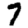
Digit: 7